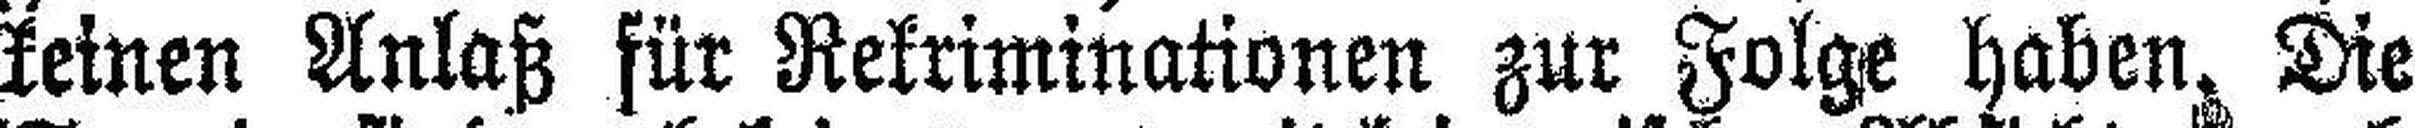
keinen Anlaß für Rekriminationen zur Folge haben. Die